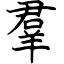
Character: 羣